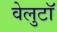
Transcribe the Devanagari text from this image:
वेलुटाॅ